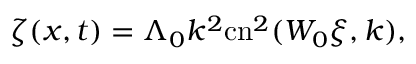
\zeta ( x , t ) = \Lambda _ { 0 } k ^ { 2 } \mathrm { c n } ^ { 2 } ( W _ { 0 } \xi , k ) ,